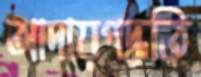
আদায়পদ্ধতি